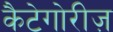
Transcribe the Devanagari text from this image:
कैटेगोरीज़